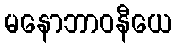
မနောဘာဝနီယေ